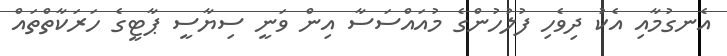
އެނގުމާއި އެކު ދިވެހި ފުލުހުންގެ މުއައްސަސާ އިން ވަނީ ސިޔާސީ ޕާޓީގެ ހަރަކާތްތައް